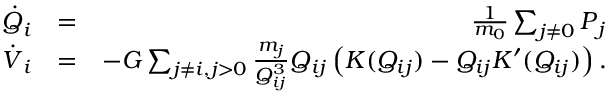
\begin{array} { r l r } { \boldsymbol { \dot { Q } } _ { i } } & { = } & { \frac { 1 } { m _ { 0 } } \sum _ { j \ne 0 } \boldsymbol { P } _ { j } } \\ { \boldsymbol { \dot { V } } _ { i } } & { = } & { - G \sum _ { j \neq i , j > 0 } \frac { m _ { j } } { Q _ { i j } ^ { 3 } } \v Q _ { i j } \left( K ( Q _ { i j } ) - Q _ { i j } K ^ { \prime } ( Q _ { i j } ) \right) . } \end{array}